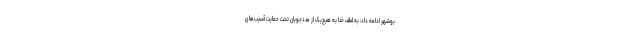
بوشهر ادامه داد: به لطف خدا به هیچ‌یک از مددجویان تحت حمایت آسیب‌های